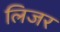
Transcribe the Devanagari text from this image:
लिजर